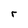
Character: r